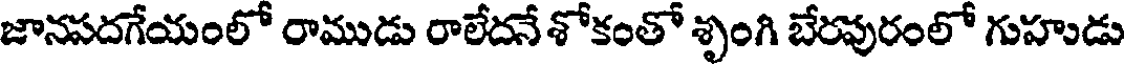
జానసదగేయంలో రాముడు రాలేదనే శోకంతో శృంగి బేరపురంలో గుహుడు